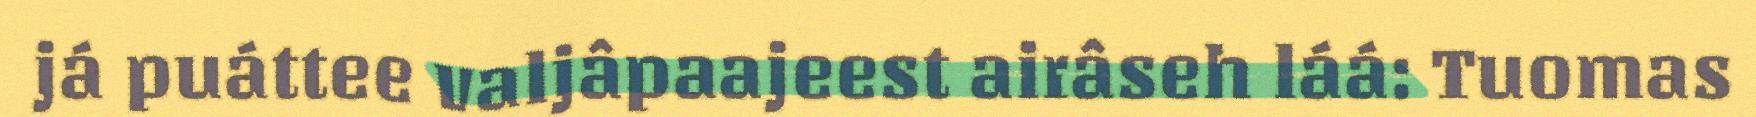
já puáttee valjâpaajeest airâseh láá: Tuomas